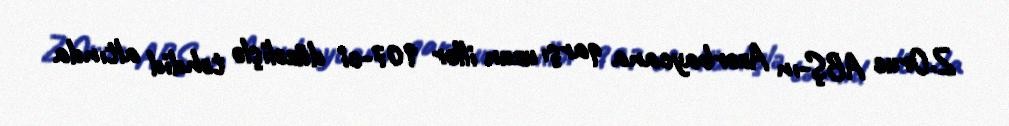
Z.Oruc ABŞ-ın Azərbaycana qarşı uzun illər 907-ci düzəlişlə təhdid altında